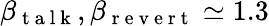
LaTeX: \beta_{\mathrm{~t~a~l~k~}},\beta_{\mathrm{~r~e~v~e~r~t~}}\simeq 1.3